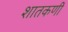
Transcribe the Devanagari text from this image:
शातकणीं